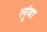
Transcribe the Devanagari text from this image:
लूंबा